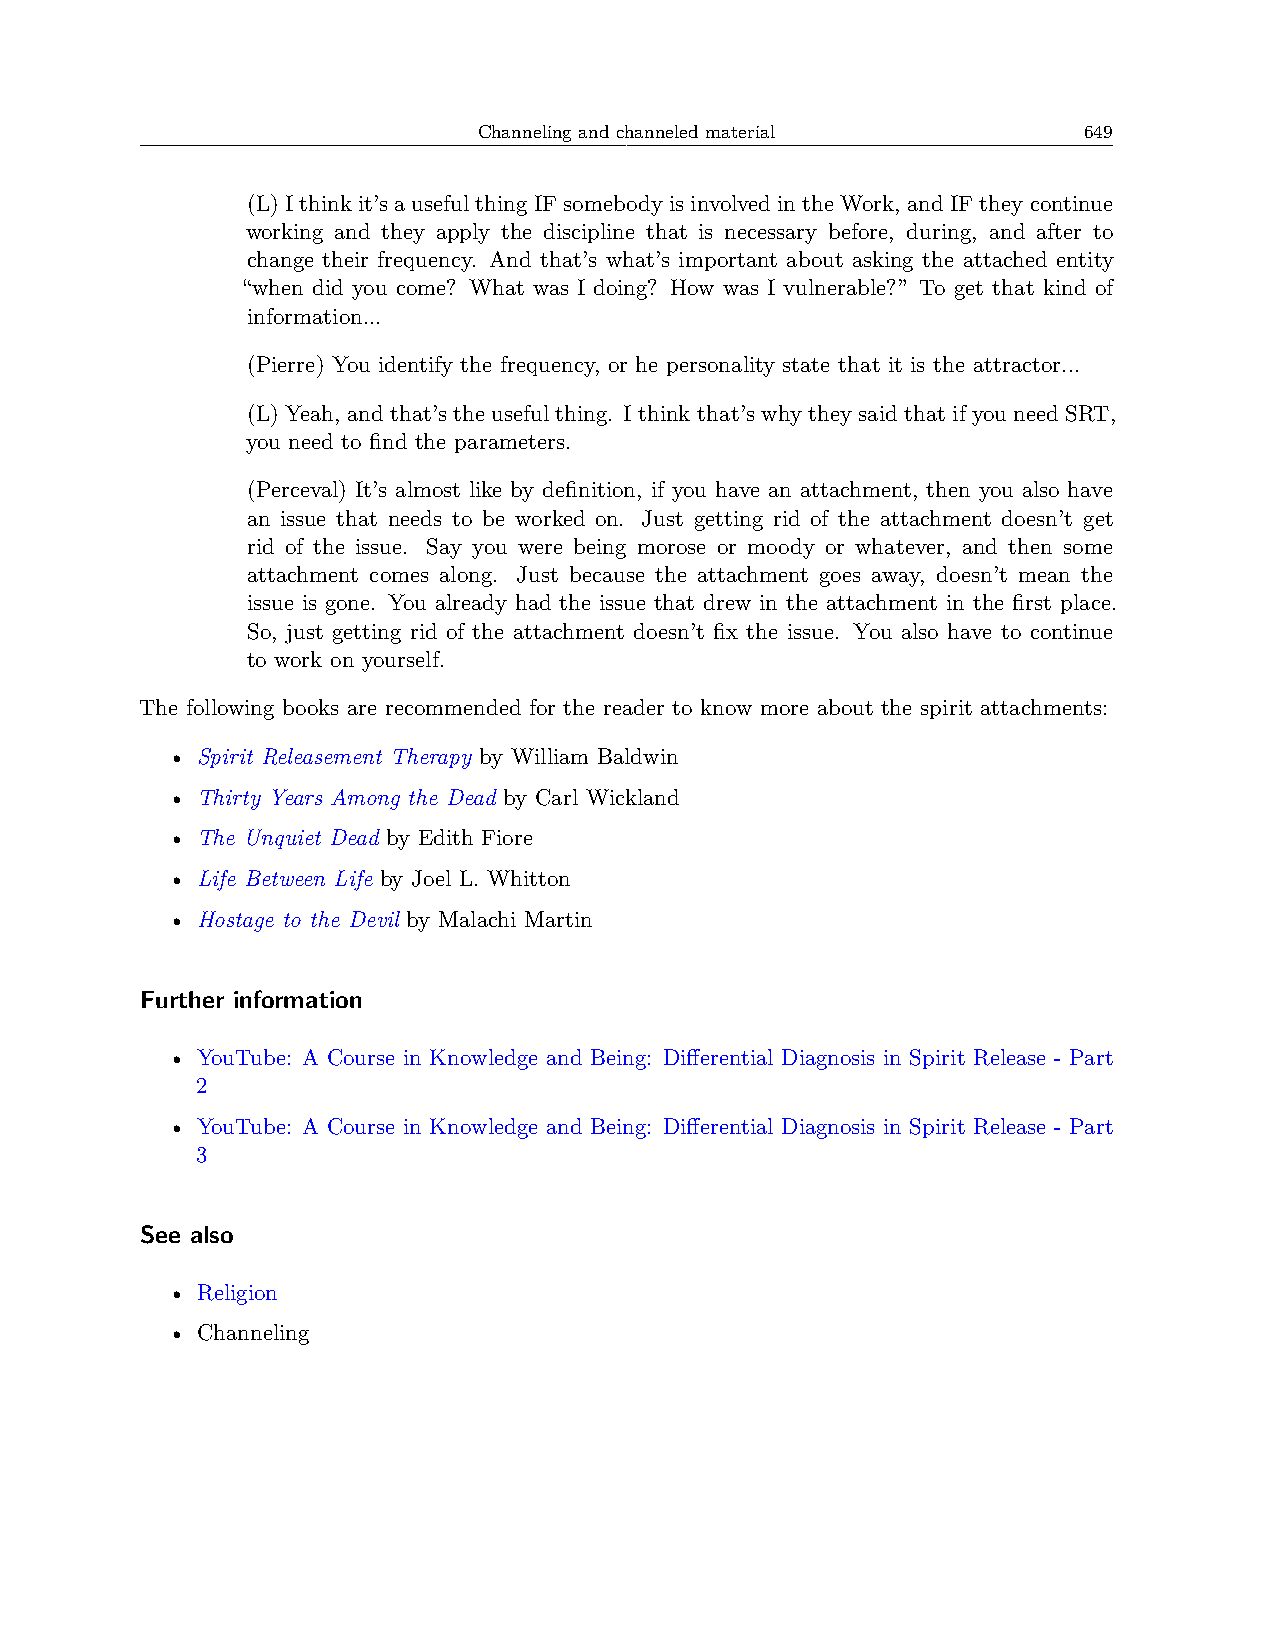
Channeling and channeled material       649
 (L)Ithinkit’sausefulthingIFsomebodyisinvolvedintheWork, andIFtheycontinue
 working and they apply the discipline that is necessary before, during, and after to
 change their frequency. And that’s what’s important about asking the attached entity
 “when did you come? What was I doing? How was I vulnerable?” To get that kind of
 information...
 (Pierre) You identify the frequency, or he personality state that it is the attractor...
 (L) Yeah, and that’s the useful thing. I think that’s why they said that if you need SRT,
 you need to find the parameters.
 (Perceval) It’s almost like by definition, if you have an attachment, then you also have
 an issue that needs to be worked on. Just getting rid of the attachment doesn’t get
 rid of the issue. Say you were being morose or moody or whatever, and then some
 attachment comes along. Just because the attachment goes away, doesn’t mean the
 issue is gone. You already had the issue that drew in the attachment in the first place.
 So, just getting rid of the attachment doesn’t fix the issue. You also have to continue
 to work on yourself.
 The following books are recommended for the reader to know more about the spirit attachments:
 • Spirit Releasement Therapy by William Baldwin
 • Thirty Years Among the Dead by Carl Wickland
 • The Unquiet Dead by Edith Fiore
 • Life Between Life by Joel L. Whitton
 • Hostage to the Devil by Malachi Martin
 Further information
 • YouTube: A Course in Knowledge and Being: Differential Diagnosis in Spirit Release - Part
 2
 • YouTube: A Course in Knowledge and Being: Differential Diagnosis in Spirit Release - Part
 3
 See also
 • Religion
 • Channeling